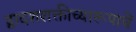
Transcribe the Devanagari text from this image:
द्वादशशक्तीच्यारूपाचें